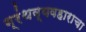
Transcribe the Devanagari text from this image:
ग्रंथव्यवहाराचा